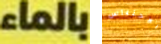
بالماء الاحتباس